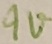
Text: 9V